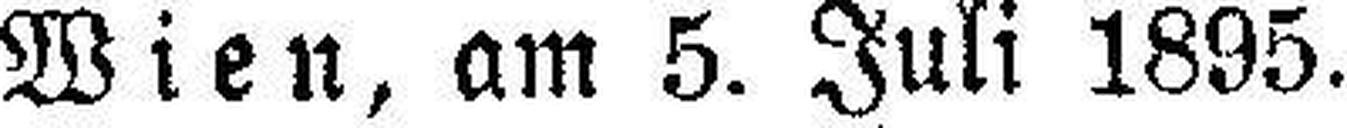
Wien, am 5. Juli 1895.